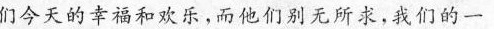
们今天的幸福和欢乐，而他们别无所求，我们的一